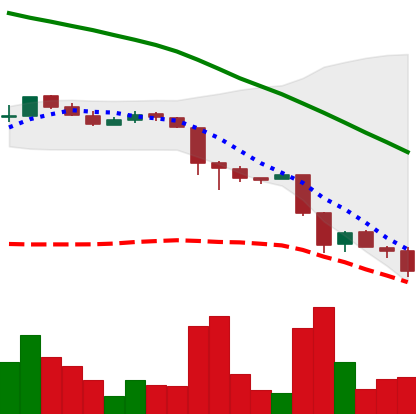
Ticker: ADA-USD
Chart end date: 2018-11-24
Forward return: 8.862%
Label: up_7plus